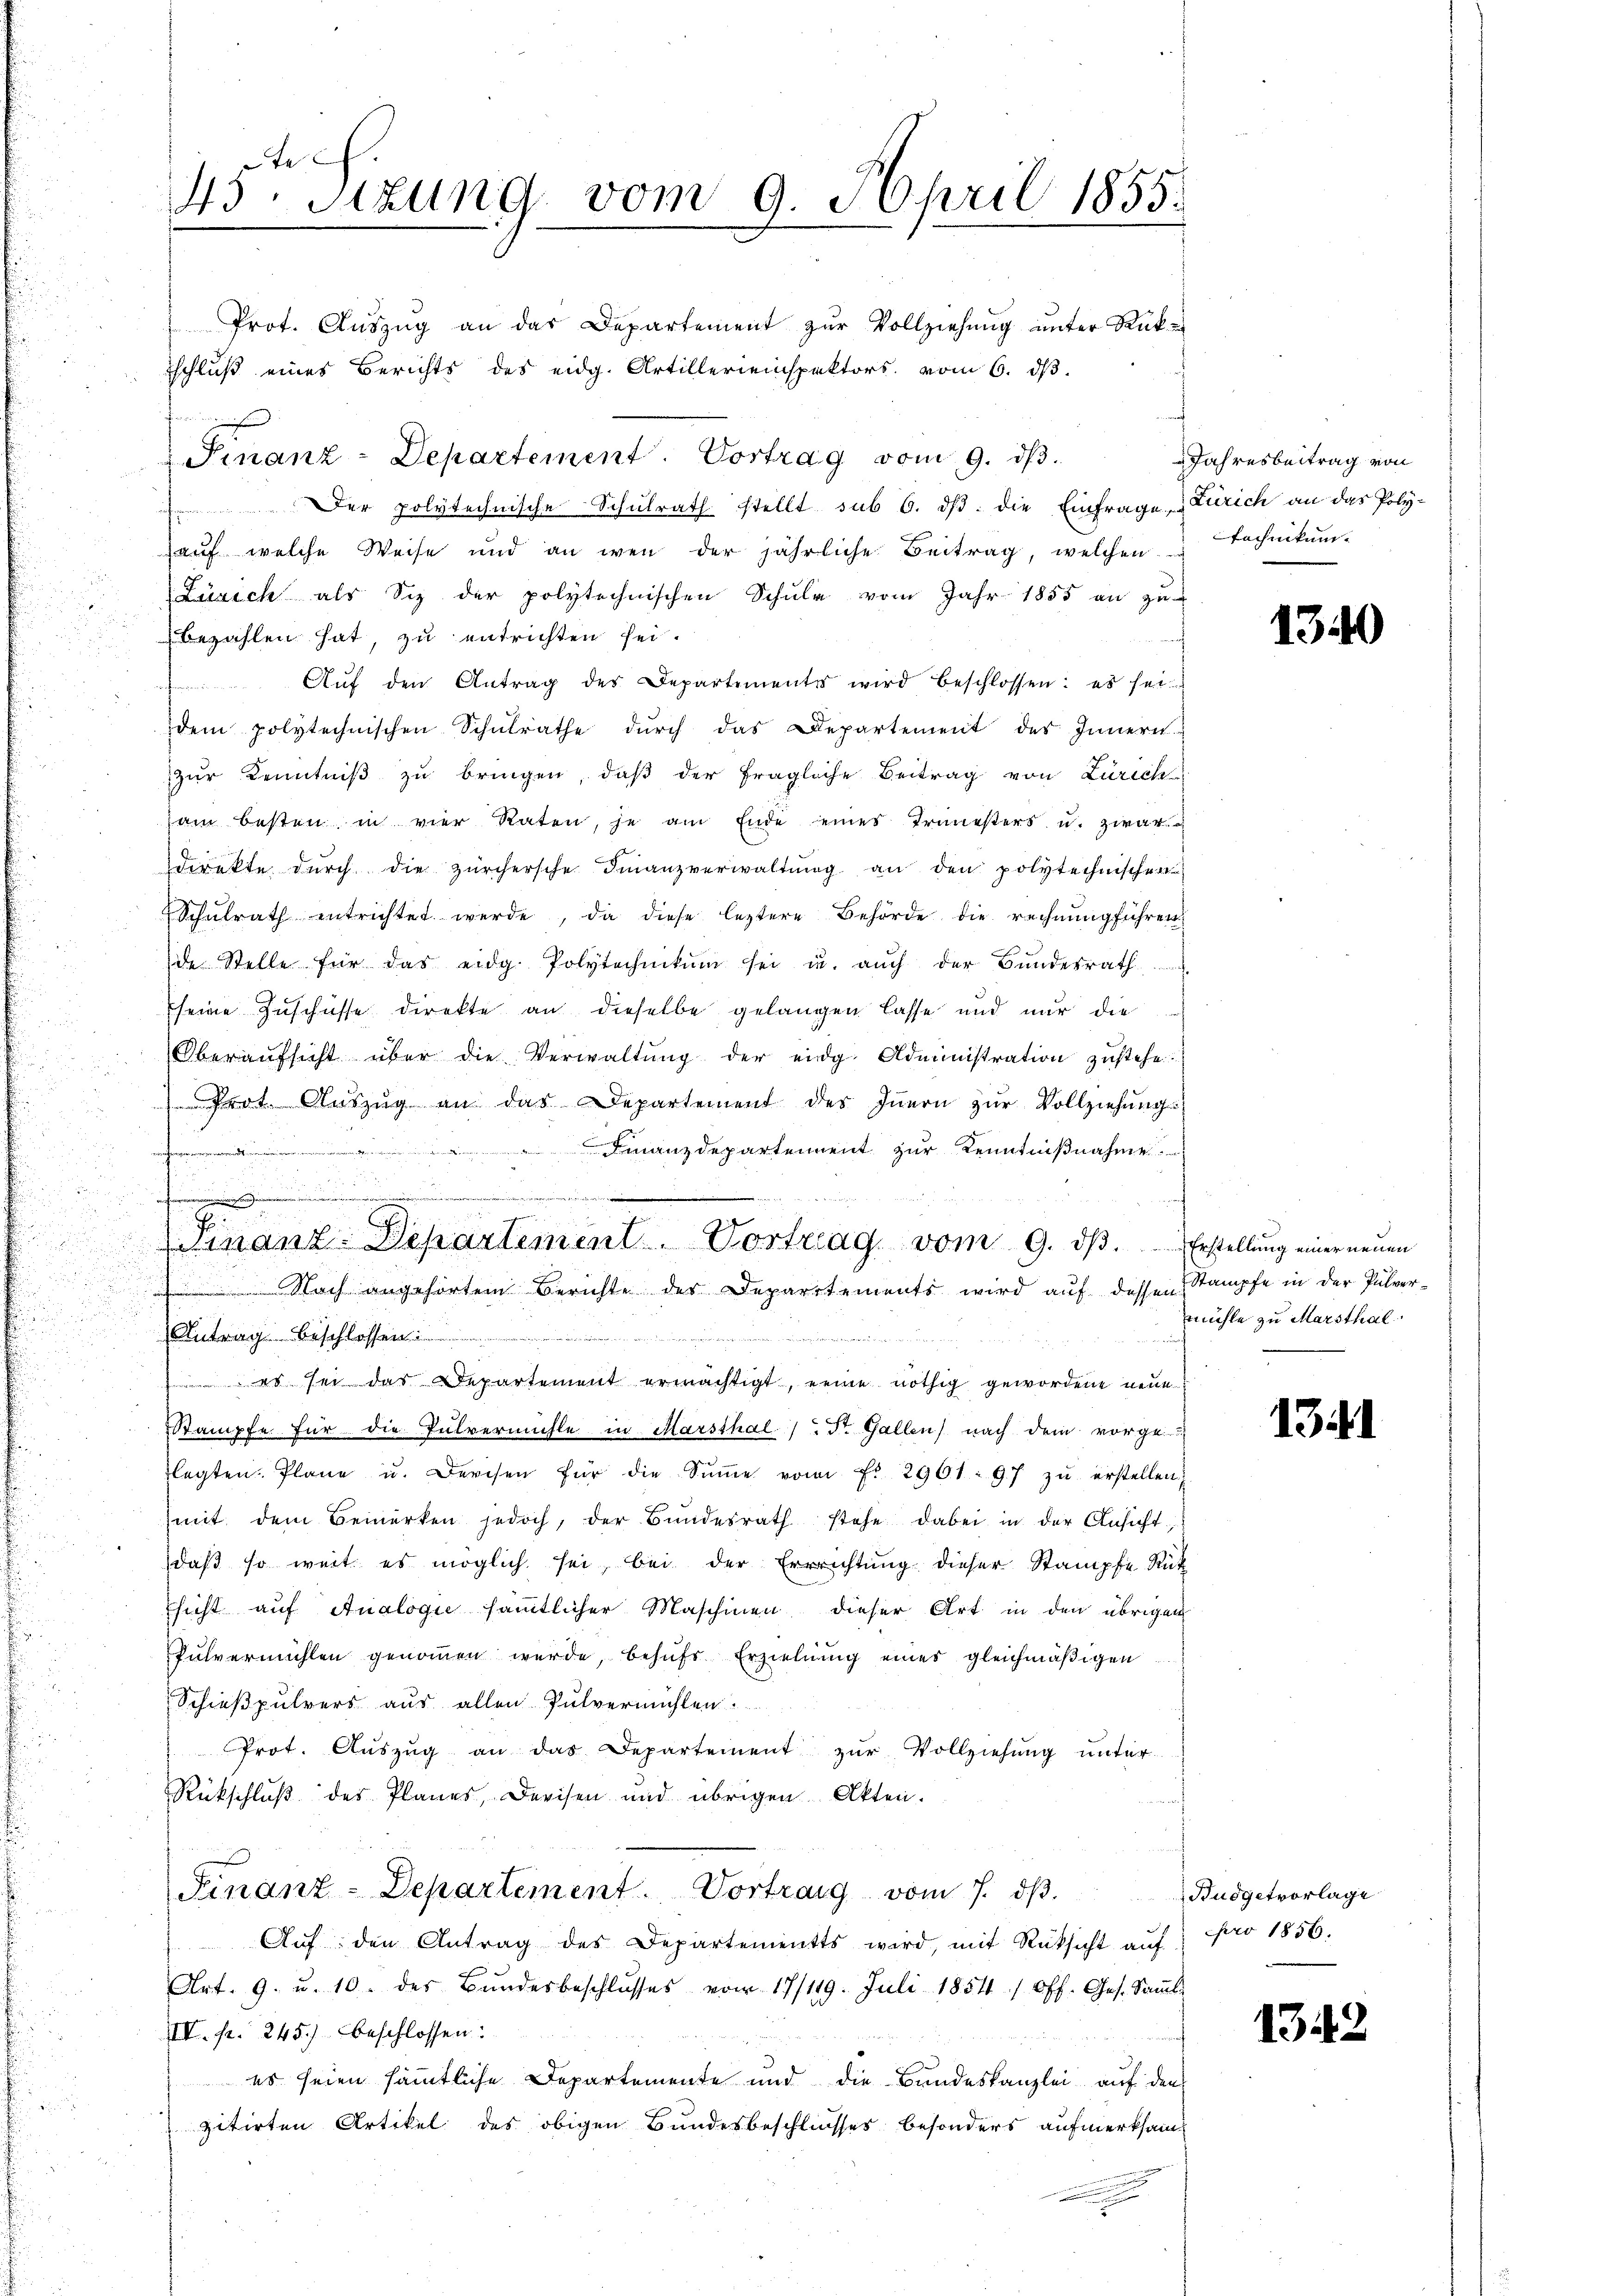
te
45. Sitzung vom 9. April 1855.

Prot. Aŭszŭg an das Departement zŭr Vollziehŭng ŭnter Rükschluß eines Berichts des eidg. Artillereinspektors vom 6. dβ.
far
Der polytechnische Schulrath stellt sub 6. ds. die Einfrage & Zürich an das Poly-
auf welche Weise und an wen der jährliche Beitrag, welchen Technikum.
Zürich als Siz der polytechnischen Schŭle vom Jahr 1855 an zu-
bezahlen hat, zu entrichten sei.
Aŭf den Antrag des Departemente wird beschlossen: es sei
e
dem polytechnischen Schŭlrathe dŭrch das Departement des Innern
zur Kenntniß zu bringen, daß der fragliche Beitrag von Zürich
am besten in vier Raten, je am Ende eines Treuesters u. zwar
direkte dŭrch die zürchersche Finanzverwaltŭng an den polytechnischen
Schŭlrath entrichtet werde, da diese leztere Behörde die rechnung führen
der Stelle für das eidg. Polytechnikum sei u. auch der Bundesrath
seine Zuschüsse direkte an dieselbe gelangen lasse und nur die
Oberaŭfsicht über die Verwaltŭng der eidg. Administration zŭstehe.
Prot. Aŭszŭg an das Departement des Iṅern zŭr Vollziehung
 Finanzdepartement zur Kenntnißnahme
Nach angehörtem Berichte der Departements wird auf dessen Stampfe in der Pulver¬
Antrag beschlossen:
 es sei das Departement ermächtigt, eine nöthig gewordene neue
Stampfe. Für die Pulvermühle in Marsthal /: Dr. Gallen nach dem vorge-
lagten. Plane u. Derchen für die Sŭṁe vom Fr. 2961. 97 zŭ erstellen,
(mit dem Bemerken jedoch, der Bŭndesrath stehe dabei in der Ansicht,
daβ so weit es möglich sei, bei der Errrichtŭng dieser Stampfe Rüt
sicht auf Analogie sämmtlicher Maschinen dieser Art in den übrigen
Pulvermühlen genommen werde, behufs Erziehung eines gleichmäßigen
Schießpulvers aus allen Pulvermühlen
Prot. Aŭszŭg an das Departement zŭr Vollziehŭng ŭnter-
Rückschluß des Planes, Devisen und übrigen Akten.
Finanz-Departement. Vortrag vom 7. dβ.
Aŭf den Antrag des Departements wird, mit Rüksicht aŭf
Art. 9. u. 10. des Bŭndesbeschlŭsses vom 17/119. Juli 1854 / Off. Ges. Saṁle
XIV. pr. 245.) beschlossen:
 es seien sämmtliche Departemente und die Bundeskanzlei auf den
zitirten Artikel des obigen Bundesbeschlusses besonders aufmerksam¬

Finanz-Departement. Vortrag vom 9. dβ.

einige
.
e
J
.
mant. Separtement. Vortrag vom 9. dβ. Erstellung einer neuen

Jahresbeitrag von

1340

mühle zu Marsthal

1341

Budgetvorlage
pro 1856.

134.